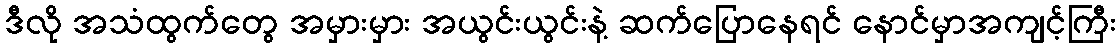
ဒီလို အသံထွက်တွေ အမှားမှား အယွင်းယွင်းနဲ့ ဆက်ပြောနေရင် နောင်မှာအကျင့်ကြီး